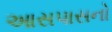
આસપાસનો